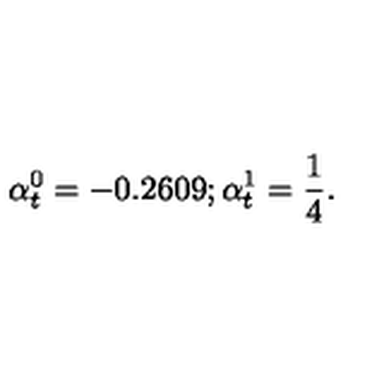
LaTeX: \alpha _ { t } ^ { 0 } = - 0 . 2 6 0 9 ; \alpha _ { t } ^ { 1 } = { \frac { 1 } { 4 } } .